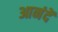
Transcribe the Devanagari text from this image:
आनंदें